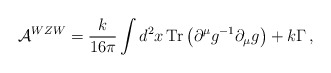
\begin{align*}{\cal A}^{WZW}=\frac{k}{16\pi}\int d^{2}x\,\textrm{Tr}\left(\partial^{\mu}g^{-1}\partial_{\mu}g\right)+k\Gamma\,,\end{align*}